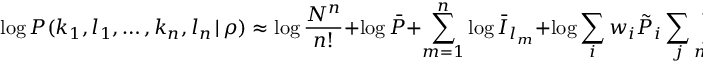
\log P ( k _ { 1 } , l _ { 1 } , \dots , k _ { n } , l _ { n } \, | \, \rho ) \approx \log \frac { N ^ { n } } { n ! } + \log \bar { P } + \sum _ { m = 1 } ^ { n } \log \bar { I } _ { l _ { m } } + \log \sum _ { i } w _ { i } \tilde { P } _ { i } \sum _ { j } \prod _ { m = 1 } ^ { n } \tilde { I } _ { i , k _ { m } + j , l _ { m } } ,